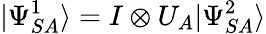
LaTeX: |\Psi_{SA}^{1}\rangle=I\otimes U_{A}|\Psi_{SA}^{2}\rangle